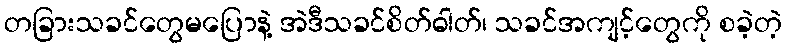
တခြားသခင်တွေမပြောနဲ့ အဲဒီသခင်စိတ်ဓါတ်၊ သခင်အကျင့်တွေကို စခဲ့တဲ့